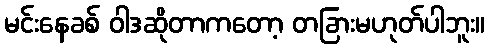
မင်းနေခစ် ဝါဒဆိုတာကတော့ တခြားမဟုတ်ပါဘူး။